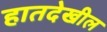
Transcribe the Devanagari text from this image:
हातदेखील